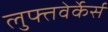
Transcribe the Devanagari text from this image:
लुफ्तवेर्केर्स